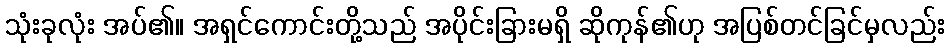
သုံးခုလုံး အပ်၏။ အရှင်ကောင်းတို့သည် အပိုင်းခြားမရှိ ဆိုကုန်၏ဟု အပြစ်တင်ခြင်မှလည်း